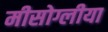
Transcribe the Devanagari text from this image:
मीसोग्लीया